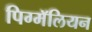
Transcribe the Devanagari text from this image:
पिग्मॅलियन